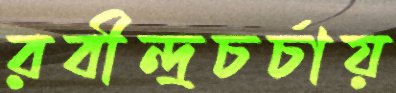
রবীন্দ্রচর্চায়